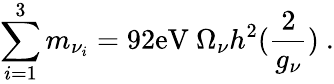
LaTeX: \sum_{i=1}^{3}m_{{\nu}_{i}}=92\mathrm{eV}~\Omega_{\nu}h^{2}({\frac{2}{g_{\nu}}})~.